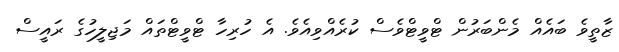
ޒާތީވެ ބައެއް މެންބަރުން ޓްވީޓްވެސް ކުރެއްވިއެވެ. އެ ހުރިހާ ޓްވީޓްތައް މަޖިލީހުގެ ރައީސް